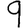
Digit: 9